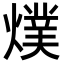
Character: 𭶅